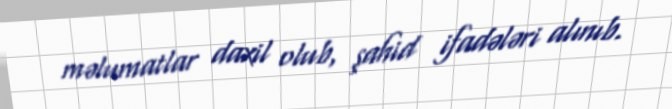
məlumatlar daxil olub, şahid ifadələri alınıb.